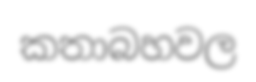
කතාබහවල